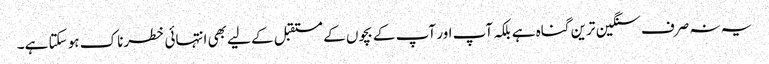
یہ نہ صرف سنگین ترین گناہ ہے بلکہ آپ اور آپ کے بچوں کے مستقبل کے لیے بھی انتہائی خطرناک ہو سکتا ہے۔